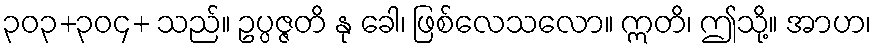
၃၀၃+၃၀၄+ သည်။ ဥပ္ပဇ္ဇတိ နု ခေါ၊ ဖြစ်လေသလော။ ဣတိ၊ ဤသို့။ အာဟ၊